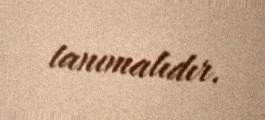
tanımalıdır.